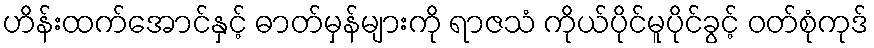
ဟိန်းထက်အောင်နှင့် ဓာတ်မှန်များကို ရာဇသံ ကိုယ်ပိုင်မူပိုင်ခွင့် ဝတ်စုံကုဒ်